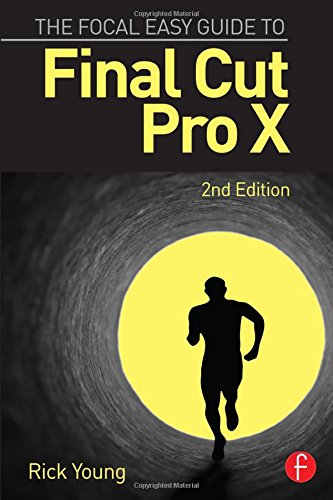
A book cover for The Focal Easy Guide to Final Cut Pro X; Rick Young; Humor & Entertainment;